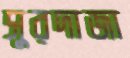
সুরদাজা